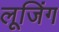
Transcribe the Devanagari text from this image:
लूजिंग